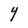
Character: Y